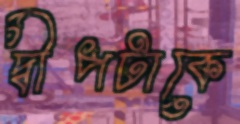
দ্বীপটাকে